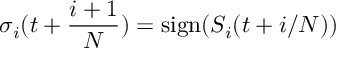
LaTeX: \sigma _ { i } ( t + { \frac { i + 1 } { N } } ) = \mathrm { s i g n } ( S _ { i } ( t + i / N ) )